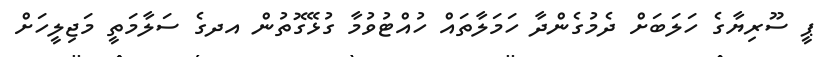
ޕީ ސޫރިޔާގެ ހަލަބަށް ދެމުގެންދާ ހަމަލާތައް ހުއްޓުވުމާ ގުޅޭގޮތުން އދގެ ސަލާމަތީ މަޖިލީހަށް